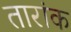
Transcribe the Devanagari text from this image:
तारांक